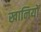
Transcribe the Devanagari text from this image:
खानियों